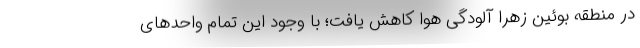
در منطقه بوئین زهرا آلودگی هوا کاهش یافت؛ با وجود این تمام واحد‌های